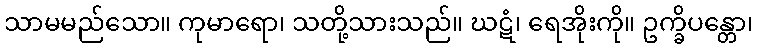
သာမမည်သော။ ကုမာရော၊ သတို့သားသည်။ ဃဋံ၊ ရေအိုးကို။ ဥက္ခိပန္တော၊